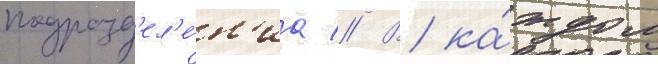
подразд'ел'е́н'иа // В ка́ждом